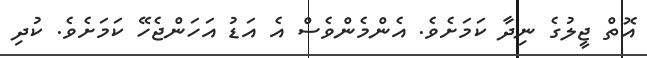
އޮތް ޖީލުގެ ނިދާ ކަމަށެވެ. އެންމެންވެސް އެ އަޑު އަހަންޖެހޭ ކަމަށެވެ. ކުދި